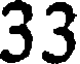
33